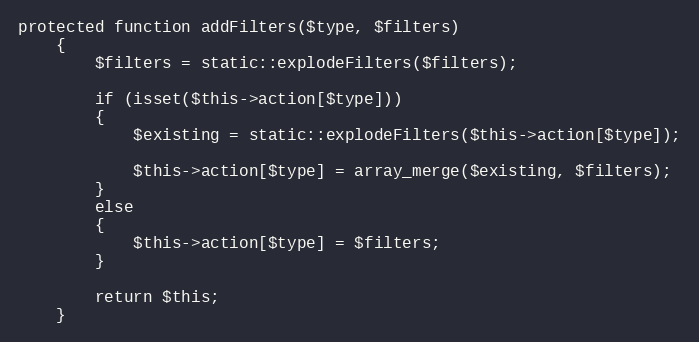
Language: PHP
protected function addFilters($type, $filters)
	{
		$filters = static::explodeFilters($filters);

		if (isset($this->action[$type]))
		{
			$existing = static::explodeFilters($this->action[$type]);

			$this->action[$type] = array_merge($existing, $filters);
		}
		else
		{
			$this->action[$type] = $filters;
		}

		return $this;
	}